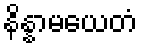
နိန္နာမယေတံ